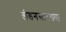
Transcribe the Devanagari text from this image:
लंडनसारख्या